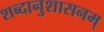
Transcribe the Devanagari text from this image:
शब्दानुशासनम्